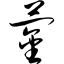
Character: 蓥